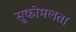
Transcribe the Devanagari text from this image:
सुकोमलता